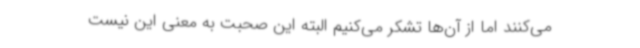
می‌کنند اما از آن‌ها تشکر می‌کنیم البته این صحبت به معنی این نیست